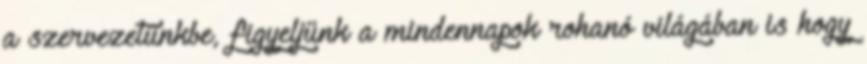
a szervezetünkbe, figyeljünk a mindennapok rohanó világában is hogy